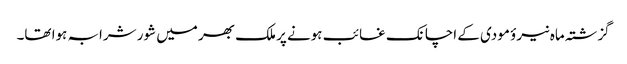
گزشتہ ماہ نیرؤ مودی کے اچانک غائب ہونے پر ملک بھر میں شور شرابہ ہوا تھا۔